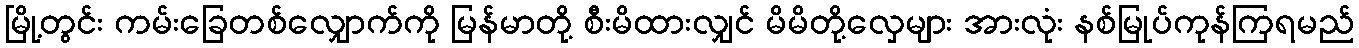
မြို့တွင်း ကမ်းခြေတစ်လျှောက်ကို မြန်မာတို့ စီးမိထားလျှင် မိမိတို့လှေများ အားလုံး နစ်မြုပ်ကုန်ကြရမည်